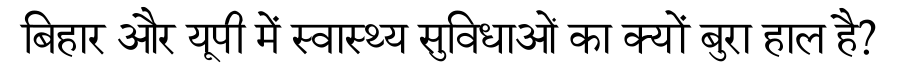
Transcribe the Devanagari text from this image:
बिहार और यूपी में स्वास्थ्य सुविधाओं का क्यों बुरा हाल है?